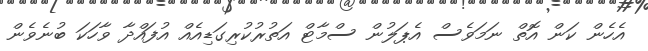
އެހެން ކަން އޮތް ނަމަވެސް އެޕަލުން ސްމާޓް އަތުރުކުރިގަޑިއެއް އުފައްދާ ވާހަކަ ބުނެވެން